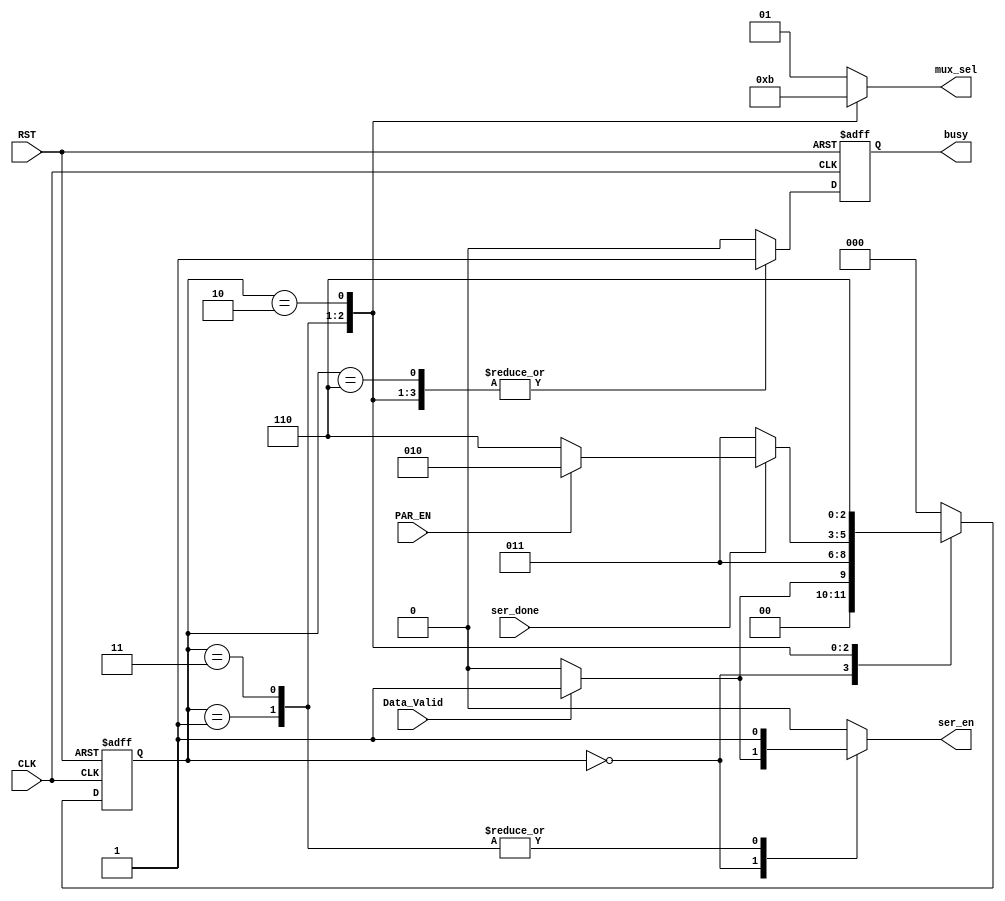
module FSM_TX 
(
input wire Data_Valid,
input wire ser_done,
input wire PAR_EN,
input wire CLK,RST,
output reg ser_en,
output reg [1:0] mux_sel,
output reg busy
);


localparam [2:0]      IDLE        = 4'b0000,
					  start_bit   = 4'b0001,
					  transfering = 4'b0011,
					  parity_bit  = 4'b0010,
					  stop_bit    = 4'b0110;
					   
	reg                    busy_c ;				   
reg    [2:0] current_state,next_state ;
					  
always@(posedge CLK or negedge RST)
 begin
	if(!RST)
		begin
			current_state <= IDLE ;
		end
	else
		begin
			current_state <= next_state ;
		end
 end
 
always @(*)
 begin
	case(current_state)
	
	IDLE 		:	begin
						if(Data_Valid)
							next_state = start_bit;
						else
							next_state = IDLE ;
					end
			
    start_bit 	:   begin 
						next_state = transfering;
					end
	
	transfering :   begin
						if(!ser_done)
							next_state = transfering;
						else if (PAR_EN)
							next_state = parity_bit;
						else
							next_state = stop_bit ;
				    end
	
	parity_bit  :	begin
						next_state = stop_bit ;
					end

	stop_bit 	:   begin
						next_state = IDLE ; 
				    end 			
	default :   next_state = IDLE ;	
	endcase
 end
 
 
 always @(*)
 begin
	mux_sel = 2'b01;
	busy_c 	= 1'b0;
	ser_en  = 1'b0;
	case(current_state)
	
	IDLE 		:	begin
						if(Data_Valid)
							begin
								//mux_sel = 2'b00;
								//busy_c    = 1'b1 ;
								ser_en  = 1'b1;
							end
						else
							begin
								busy_c    = 1'b0 ;
								mux_sel = 2'b01;
								ser_en  = 1'b0;
							end
					end
			
    start_bit 	:   begin 
						mux_sel = 2'b00;
						ser_en  = 1'b1;
						busy_c 	= 1'b1;
				    end
	
	transfering :   begin
						mux_sel = 2'b10;
						ser_en  = 1'b1;
						busy_c 	= 1'b1;
				    end
	
	parity_bit  :	begin
						mux_sel = 2'b11;
						busy_c 	= 1'b1;
					end
	
	stop_bit 	:   begin 	
						mux_sel = 2'b01;
						busy_c 	= 1'b1;
				    end 			
	default 	:	begin
						busy_c    = 1'b0 ;
						mux_sel = 2'b01;
						ser_en  = 1'b0;
					end
	endcase
 end
 
 always @ (posedge CLK or negedge RST)
 begin
  if(!RST)
   begin
    busy <= 1'b0 ;
   end
  else
   begin
    busy <= busy_c ;
   end
 end
  
 endmodule